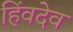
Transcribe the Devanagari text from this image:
हिंवदेव